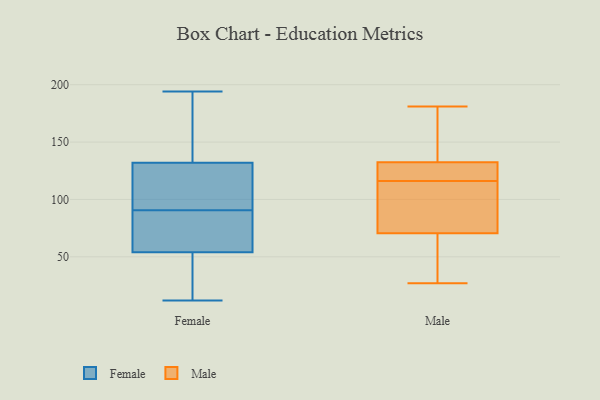
{"axis": {"x": "Latency (ms)", "y": "Value"}, "legend": ["Female", "Male"], "data": [{"x": "", "y": 165, "type": "Female"}, {"x": "", "y": 132, "type": "Female"}, {"x": "", "y": 18, "type": "Female"}, {"x": "", "y": 170, "type": "Female"}, {"x": "", "y": 12, "type": "Female"}, {"x": "", "y": 20, "type": "Female"}, {"x": "", "y": 120, "type": "Female"}, {"x": "", "y": 78, "type": "Female"}, {"x": "", "y": 76, "type": "Female"}, {"x": "", "y": 67, "type": "Female"}, {"x": "", "y": 194, "type": "Female"}, {"x": "", "y": 118, "type": "Female"}, {"x": "", "y": 103, "type": "Female"}, {"x": "", "y": 54, "type": "Female"}, {"x": "", "y": 126, "type": "Male"}, {"x": "", "y": 139, "type": "Male"}, {"x": "", "y": 105, "type": "Male"}, {"x": "", "y": 71, "type": "Male"}, {"x": "", "y": 181, "type": "Male"}, {"x": "", "y": 32, "type": "Male"}, {"x": "", "y": 70, "type": "Male"}, {"x": "", "y": 115, "type": "Male"}, {"x": "", "y": 27, "type": "Male"}, {"x": "", "y": 174, "type": "Male"}, {"x": "", "y": 126, "type": "Male"}, {"x": "", "y": 178, "type": "Male"}, {"x": "", "y": 106, "type": "Male"}, {"x": "", "y": 117, "type": "Male"}, {"x": "", "y": 36, "type": "Male"}, {"x": "", "y": 124, "type": "Male"}]}